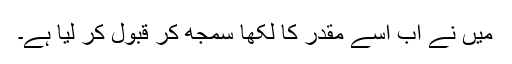
میں نے اب اسے مقدر کا لکھا سمجھ کر قبول کر لیا ہے۔